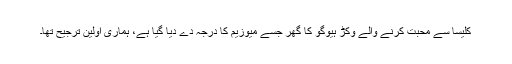
کلیسا سے محبت کرنے والے وکڑ ہیوگو کا گھر جسے میوزیم کا درجہ دے دیا گیا ہے، ہماری اولین ترجیح تھا۔